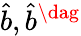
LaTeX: \hat{b},\hat{b}^{\dag}